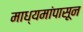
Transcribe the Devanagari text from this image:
माध्यमांपासून